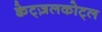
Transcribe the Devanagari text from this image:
क्वेट्ज़लकोट्ल